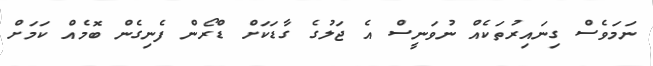
ނަމަވެސް ގިނައިރުތަކެއް ނުވަނީސް އެ ޖަލުގެ ގާޑަކަށް ޑްރޯން ފެނިގެން ބޮމެއް ކަމަށް